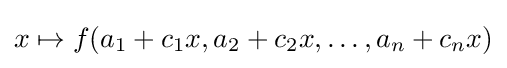
x\mapsto f(a_{1}+c_{1}x,a_{2}+c_{2}x,\ldots ,a_{n}+c_{n}x)